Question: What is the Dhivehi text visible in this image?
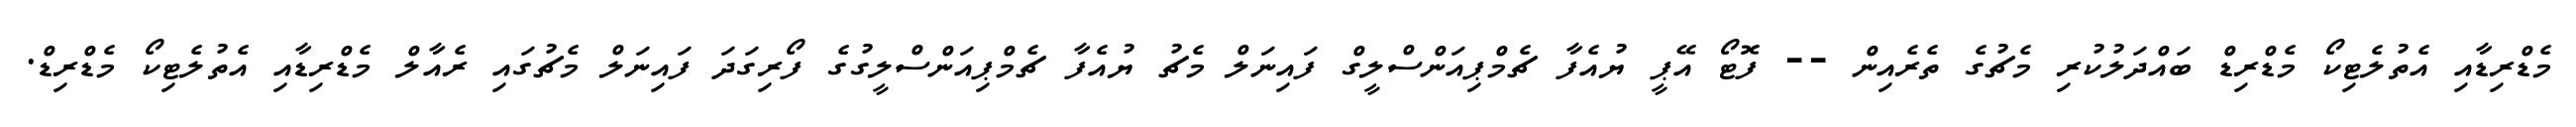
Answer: މެޑްރިޑާއި އެތުލެޓިކޯ މެޑްރިޑް ބައްދަލުކުރި މެޗުގެ ތެރެއިން -- ފޮޓޯ އޭޕީ ޔުއެފާ ޗެމްޕިއަންސްލީގް ފައިނަލް މެޗު ޔުއެފާ ޗެމްޕިއަންސްލީގުގެ ފޯރިގަދަ ފައިނަލް މެޗުގައި ރެއާލް މެޑްރިޑާއި އެތުލެޓިކޯ މެޑްރިޑް.